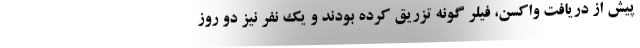
پیش از دریافت واکسن، فیلر گونه تزریق کرده بودند و یک نفر نیز دو روز